Torma_(Votikvere)_vallavalitsus, lk 50
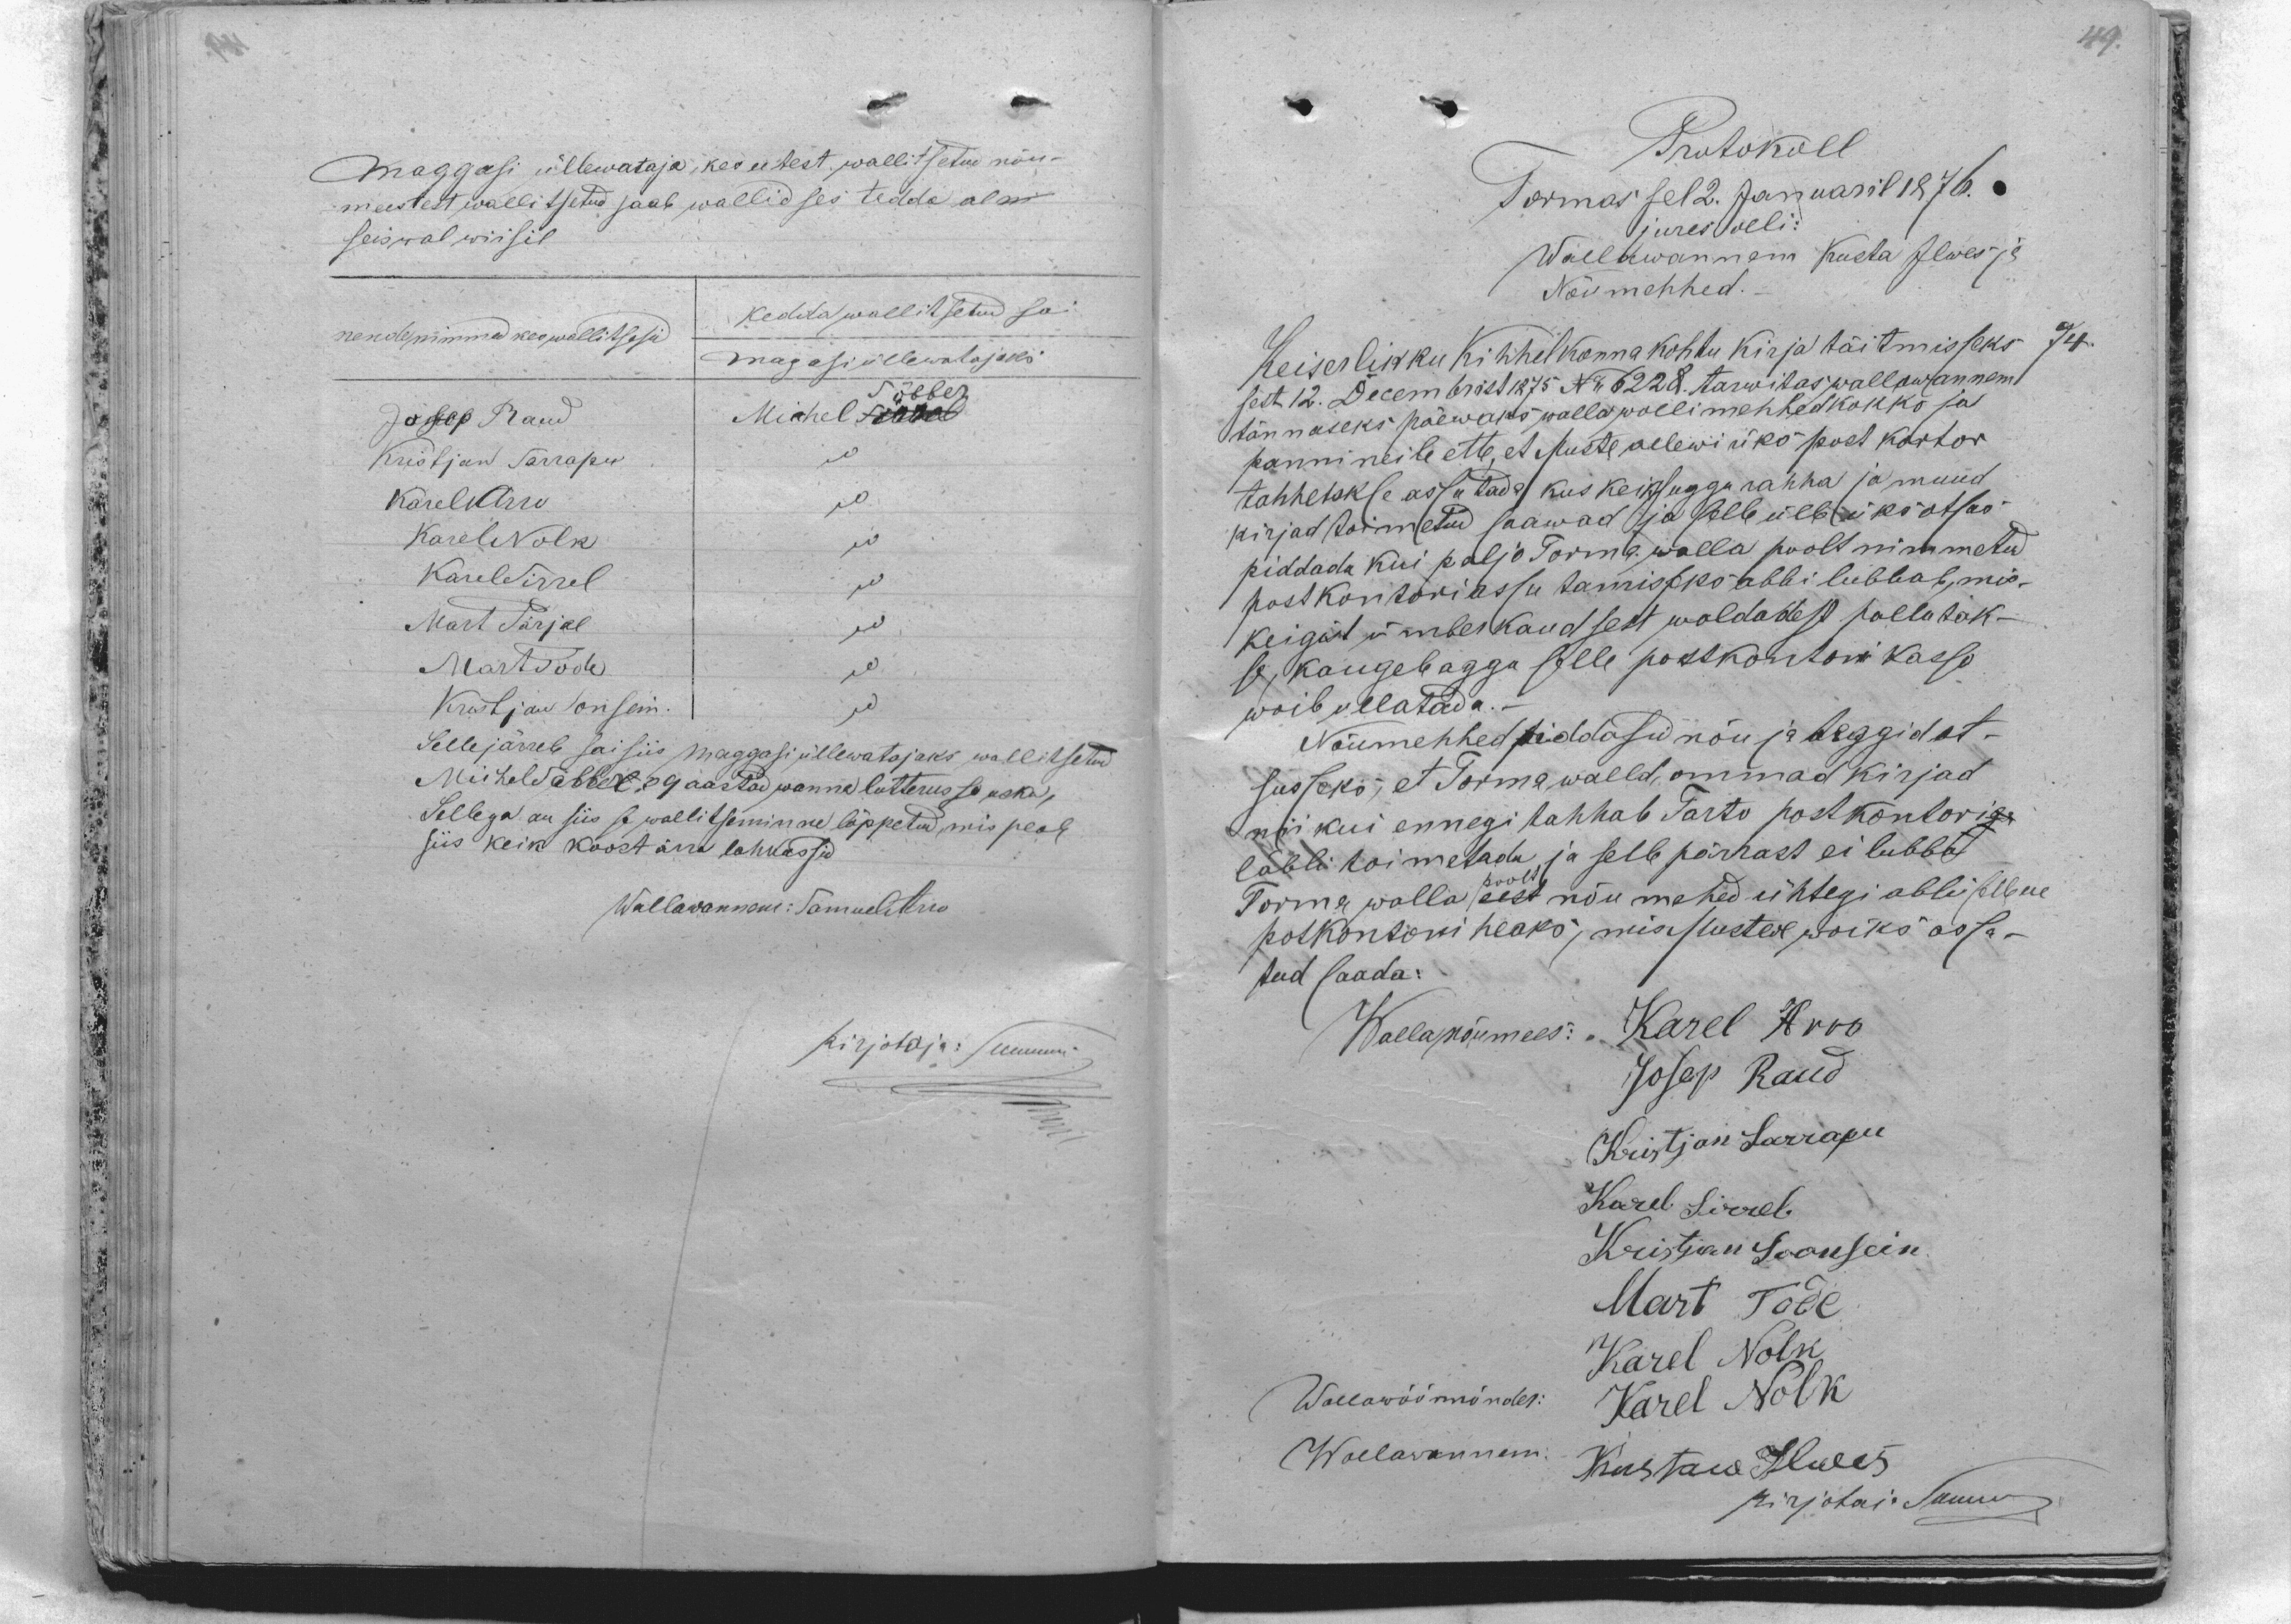
Maggasi üllewataja, kes utest, wallitsetud nõu-
meestest wallitsetud saab wallidses tedda al ni
seiswal wiisil
Kedda wallitsetud sai
nende mimmed kes wallitsesid
magasi üllewatajaks
Mihlel Sõbber
Josep Raud
Kristjan Sarrapu
Karel Arro
Karel Nolk
Karel Sirrel
Mart Pärjal
Mart Toode
Kristjan  Sonsein.
Selle järrele sai siis maggasi üllewatajaks wallitsetud
Michel Sõbber 39 aastad wanna lutterusse usku,
Sellega on siis se wallitseminne lõppetud, mis peale
siis keik koost ära lahkussid
Wallawanneni: Samuel Arro
Kirjotaja: Summri

Protokoll
Torma sel 2. Januaril 1876
jures olli:
Wallawannem Kusta Ilwes ja
Nõumehhed.
Keiserlikku kihhelkonna kohtu kirja täitmisseks 74
sest 12. Decembrist 1875 No 6228. tarwitas wallawannem
tännaseks päewaks walla wollimehhed kokko ja
panni neile ette, et Muste allewi riks post kortor
tahhetakse assutada, kus keiksuggu rahha ja muud
kirjad toimetud saawad ja selle ülle üks otsus
piddada kui paljo Torma walla poolt nimmetud
post kontori assutamiseks abbi lubbab, mis-
keigist ümberkaudsest waldadest pallutak-
se, kaugele agga selle posskontori kasso
wõib ullalatada.
Nõumehhed piddasid nõu ja teggid ot-
susseks, et Torma walld ommad kirjad
nii kui ennegi tahhab Tarto postkontoriga
läbbi toimetada ja selle pärrast ei lubba
Torma walla poolt eest nõu mehed ühtegi abbi sellene
postkontori heaks, mis Mustwe wõiks assu-
tud saada.
WallaNõumees: Karel Arro
Josep Raud
Kristjan Sarrapu
Karel Sirrel
Kristjan Soonsein
Mart Tode
Karel Nolk
Wallawöörmönder:
Karel Nolk
Wallawannem:
Kustaw Ilwes
Kirjatai. Summri